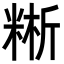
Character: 𥺚